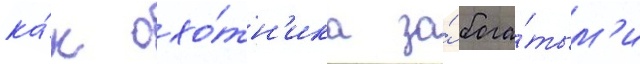
ка́к охо́тн'ика за́ бога́тым'и